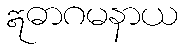
ဣဓာဂမနာယ